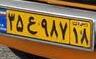
۳۵ع۹۸۷۱۸